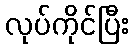
လုပ်ကိုင်ပြီး